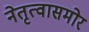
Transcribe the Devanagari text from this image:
नेतृत्वासमोर